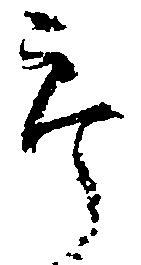
郎